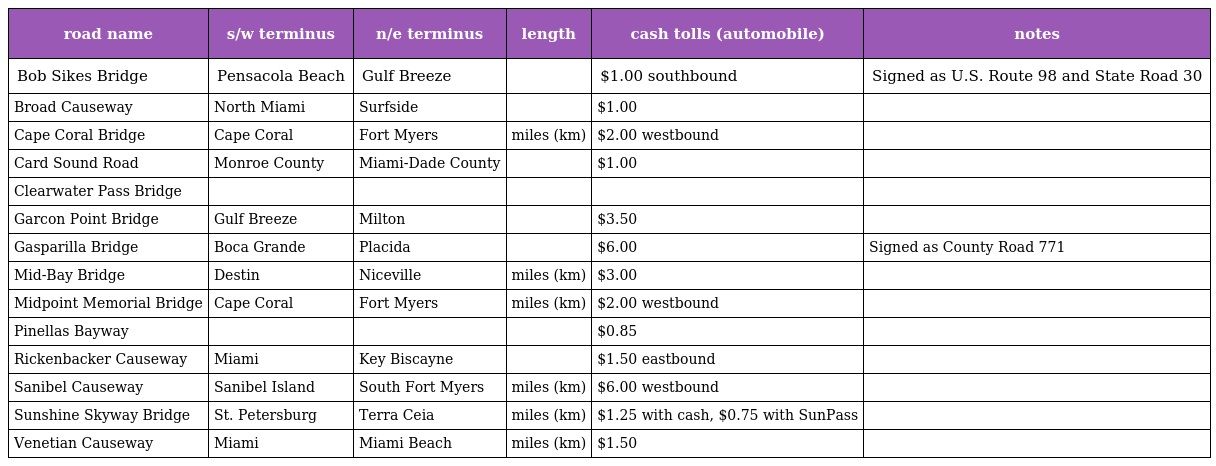
| road name | s/w terminus | n/e terminus | length | cash tolls (automobile) | notes |
 | --- | --- | --- | --- | --- | --- |
 | Bob Sikes Bridge | Pensacola Beach | Gulf Breeze |  | $1.00 southbound | Signed as U.S. Route 98 and State Road 30 |
 | Broad Causeway | North Miami | Surfside |  | $1.00 |  |
 | Cape Coral Bridge | Cape Coral | Fort Myers | miles (km) | $2.00 westbound |  |
 | Card Sound Road | Monroe County | Miami-Dade County |  | $1.00 |  |
 | Clearwater Pass Bridge |  |  |  |  |  |
 | Garcon Point Bridge | Gulf Breeze | Milton |  | $3.50 |  |
 | Gasparilla Bridge | Boca Grande | Placida |  | $6.00 | Signed as County Road 771 |
 | Mid-Bay Bridge | Destin | Niceville | miles (km) | $3.00 |  |
 | Midpoint Memorial Bridge | Cape Coral | Fort Myers | miles (km) | $2.00 westbound |  |
 | Pinellas Bayway |  |  |  | $0.85 |  |
 | Rickenbacker Causeway | Miami | Key Biscayne |  | $1.50 eastbound |  |
 | Sanibel Causeway | Sanibel Island | South Fort Myers | miles (km) | $6.00 westbound |  |
 | Sunshine Skyway Bridge | St. Petersburg | Terra Ceia | miles (km) | $1.25 with cash, $0.75 with SunPass |  |
 | Venetian Causeway | Miami | Miami Beach | miles (km) | $1.50 |  |